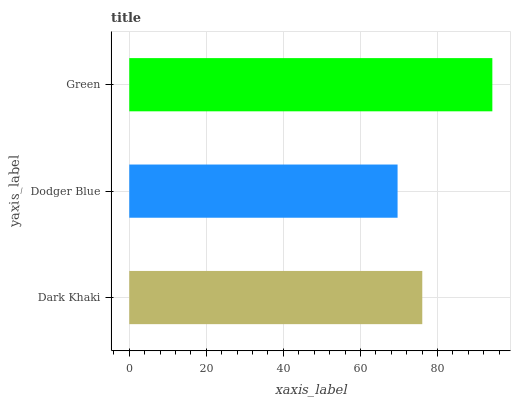
| yaxis_label | bars |
 | --- | --- |
 | Dark Khaki | 76.1 |
 | Dodger Blue | 69.6 |
 | Green | 94.2 |